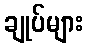
ချုပ်များ